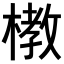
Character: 𪳞